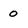
Character: 0